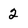
Character: 2